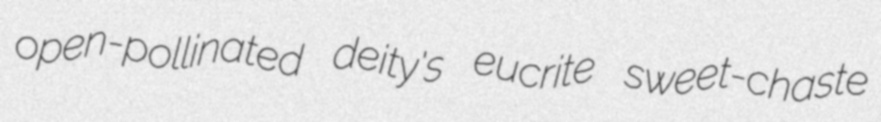
open-pollinated deity's eucrite sweet-chaste